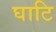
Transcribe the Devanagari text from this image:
घाटि